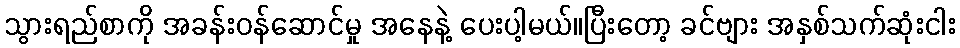
သွားရည်စာကို အခန်းဝန်ဆောင်မှု အနေနဲ့ ပေးပါ့မယ်။ပြီးတော့ ခင်ဗျား အနှစ်သက်ဆုံးငါး